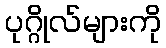
ပုဂ္ဂိုလ်များကို